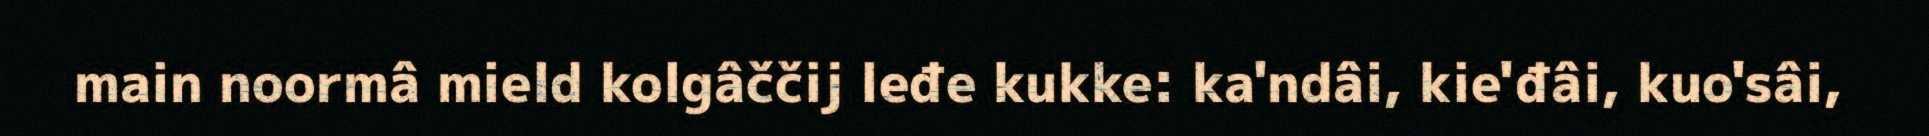
main noormâ mield kolgâččij leđe kukke: ka'ndâi, kie'đâi, kuo'sâi,